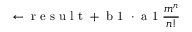
\leftarrow \mathrm { ~ r ~ e ~ s ~ u ~ l ~ t ~ } + \mathrm { ~ b ~ 1 ~ } \cdot \mathrm { ~ a ~ 1 ~ } \frac { m ^ { n } } { n ! }